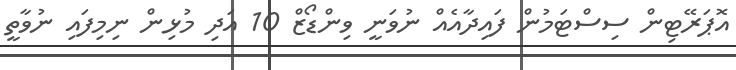
އޮޕަރޭޓިން ސިސްޓަމުން ފައިދާއެއް ނުވަނީ ވިންޑޯޒް 10 އަދި މުޅިން ނިމިފައި ނުވާތީ